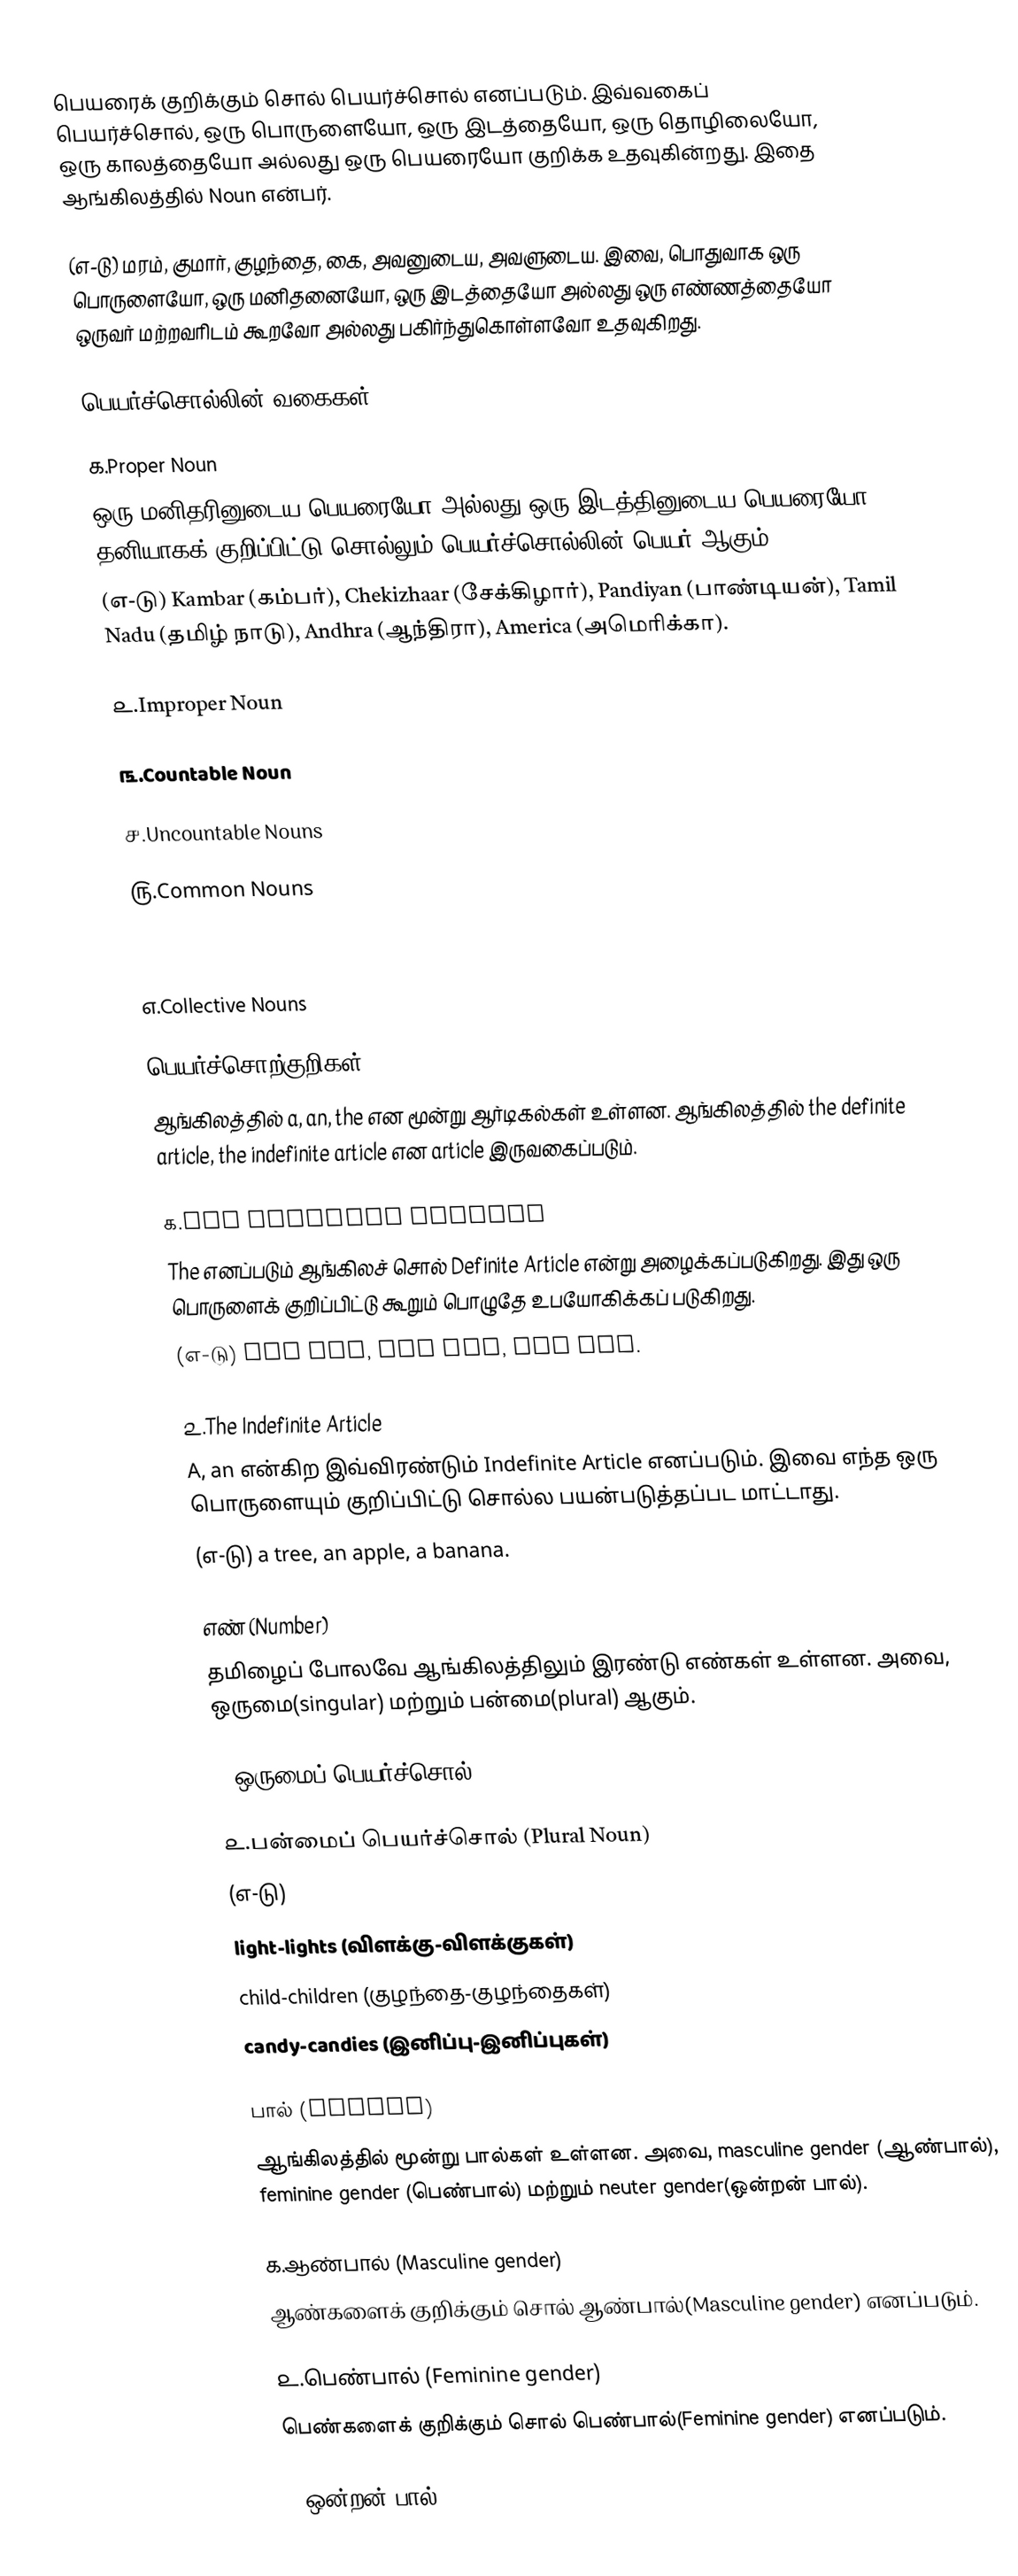
பெயரைக் குறிக்கும் சொல் பெயர்ச்சொல் எனப்படும். இவ்வகைப் பெயர்ச்சொல், ஒரு பொருளையோ, ஒரு இடத்தையோ, ஒரு தொழிலையோ, ஒரு காலத்தையோ அல்லது ஒரு பெயரையோ குறிக்க உதவுகின்றது. இதை ஆங்கிலத்தில் Noun என்பர்.

(எ-டு) மரம், குமார், குழந்தை, கை, அவனுடைய, அவளுடைய. இவை, பொதுவாக ஒரு பொருளையோ, ஒரு மனிதனையோ, ஒரு இடத்தையோ அல்லது ஒரு எண்ணத்தையோ ஒருவர் மற்றவரிடம் கூறவோ அல்லது பகிர்ந்துகொள்ளவோ உதவுகிறது.

பெயர்ச்சொல்லின் வகைகள் (Types of Nouns)

௧.Proper Noun
ஒரு மனிதரினுடைய பெயரையோ அல்லது ஒரு இடத்தினுடைய பெயரையோ தனியாகக் குறிப்பிட்டு சொல்லும் பெயர்ச்சொல்லின் பெயர் ஆகும்.
(எ-டு) Kambar (கம்பர்), Chekizhaar (சேக்கிழார்), Pandiyan (பாண்டியன்), Tamil Nadu (தமிழ் நாடு), Andhra (ஆந்திரா), America (அமெரிக்கா).

௨.Improper Noun

௩.Countable Noun

௪.Uncountable Nouns

௫.Common Nouns

௬.Abstract Nouns

௭.Collective Nouns

பெயர்ச்சொற்குறிகள் (The Articles)
ஆங்கிலத்தில் a, an, the என மூன்று ஆர்டிகல்கள் உள்ளன. ஆங்கிலத்தில் the definite article, the indefinite article என article இருவகைப்படும்.

௧.The Definite Article
The எனப்படும் ஆங்கிலச் சொல் Definite Article என்று அழைக்கப்படுகிறது. இது ஒரு பொருளைக் குறிப்பிட்டு கூறும் பொழுதே உபயோகிக்கப் படுகிறது.
(எ-டு) the boy, the cap, the cup.

௨.The Indefinite Article
A, an என்கிற இவ்விரண்டும் Indefinite Article எனப்படும். இவை எந்த ஒரு பொருளையும் குறிப்பிட்டு சொல்ல பயன்படுத்தப்பட மாட்டாது.
(எ-டு) a tree, an apple, a banana.

எண் (Number)
தமிழைப் போலவே ஆங்கிலத்திலும் இரண்டு எண்கள் உள்ளன. அவை, ஒருமை(singular) மற்றும் பன்மை(plural) ஆகும்.

௧.ஒருமைப் பெயர்ச்சொல் (Singular Noun)

௨.பன்மைப் பெயர்ச்சொல் (Plural Noun)
(எ-டு)
light-lights (விளக்கு-விளக்குகள்)
child-children (குழந்தை-குழந்தைகள்)
candy-candies (இனிப்பு-இனிப்புகள்)

பால் (Gender)
ஆங்கிலத்தில் மூன்று பால்கள் உள்ளன. அவை, masculine gender (ஆண்பால்), feminine gender (பெண்பால்) மற்றும் neuter gender(ஒன்றன் பால்).

௧.ஆண்பால் (Masculine gender)
ஆண்களைக் குறிக்கும் சொல் ஆண்பால்(Masculine gender) எனப்படும்.

௨.பெண்பால் (Feminine gender)
பெண்களைக் குறிக்கும் சொல் பெண்பால்(Feminine gender) எனப்படும்.

௩.ஒன்றன் பால் (N